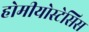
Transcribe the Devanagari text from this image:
होमीयोस्टेसिस